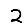
Digit: 2